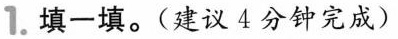
1. 填一填。（建议4分钟完成）